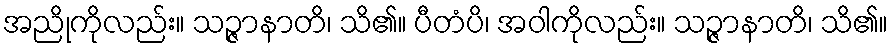
အညိုကိုလည်း။ သဉ္ဇာနာတိ၊ သိ၏။ ပီတံပိ၊ အဝါကိုလည်း။ သဉ္ဇာနာတိ၊ သိ၏။